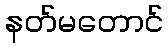
နတ်မတောင်